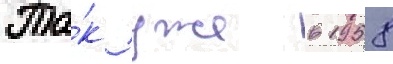
Та́к уже в 1958